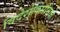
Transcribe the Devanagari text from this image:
विदेशीकंपनियों